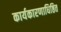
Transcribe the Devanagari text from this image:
कार्यकारणाधिष्ठित